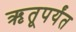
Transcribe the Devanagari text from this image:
ऋतूपर्यंत